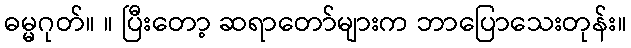
ဓမ္မဂုတ်။ ။ ပြီးတော့ ဆရာတော်များက ဘာပြောသေးတုန်း။